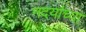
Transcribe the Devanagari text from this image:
नदयांच्या